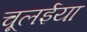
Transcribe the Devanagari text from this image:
चूलईया